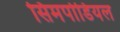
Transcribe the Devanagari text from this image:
सिमपोडियल